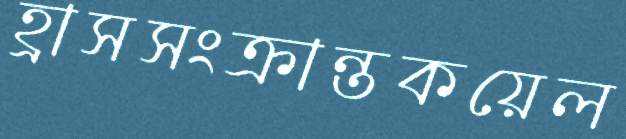
হ্রাসসংক্রান্তকয়েল